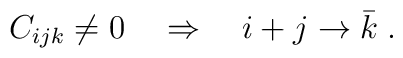
C_{ijk}\neq 0\quad \Rightarrow \quad i+j\rightarrow \bar{k}\;.